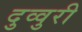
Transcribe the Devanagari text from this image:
दुव्वुरी